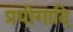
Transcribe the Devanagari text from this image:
प्रयोगादि